Indian Civil Veterinary Department memoirs
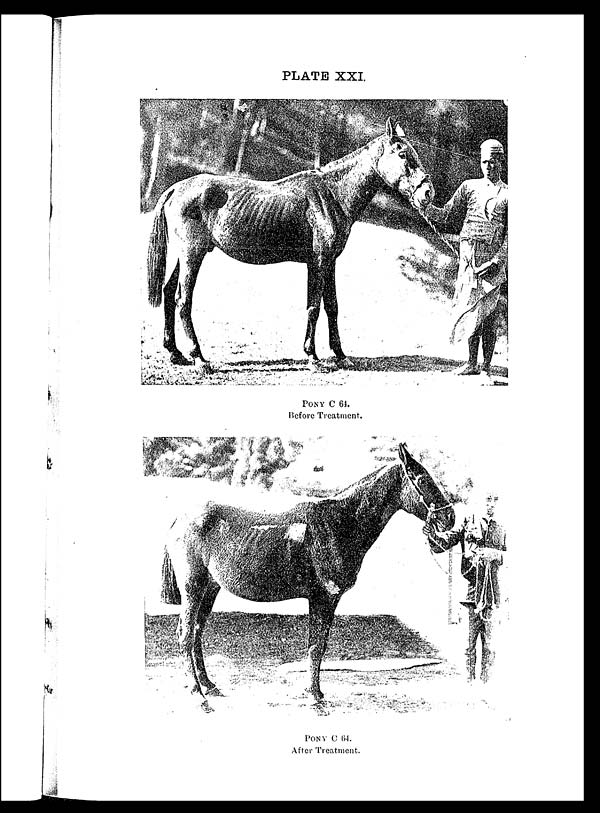
PLATE XXI.
PONY C 64.
Before Treatment.
PONY C 64.
After Treatment.